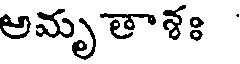
అమృతాశః